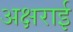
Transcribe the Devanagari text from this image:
अक्षराई